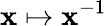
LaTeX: \mathbf{x}\mapsto\mathbf{x}^{-1}